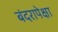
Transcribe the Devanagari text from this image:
बंदरापेक्षा